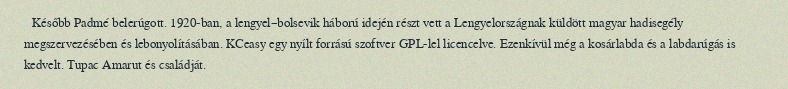
Később Padmé belerúgott. 1920-ban, a lengyel–bolsevik háború idején részt vett a Lengyelországnak küldött magyar hadisegély megszervezésében és lebonyolításában. KCeasy egy nyílt forrású szoftver GPL-lel licencelve. Ezenkívül még a kosárlabda és a labdarúgás is kedvelt. Tupac Amarut és családját.